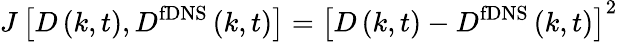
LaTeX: J\left[{{{D}}\left({k,t}\right),{{D^{\mathrm{{fDNS}}}}}\left({k,t}\right)}\right]={\left[{{{D}}\left({k,t}\right)-{{{D^{\mathrm{{fDNS}}}}}}\left({k,t}\right)}\right]^{2}}